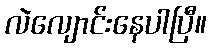
လဲလျောင်းနေပါပြီ။